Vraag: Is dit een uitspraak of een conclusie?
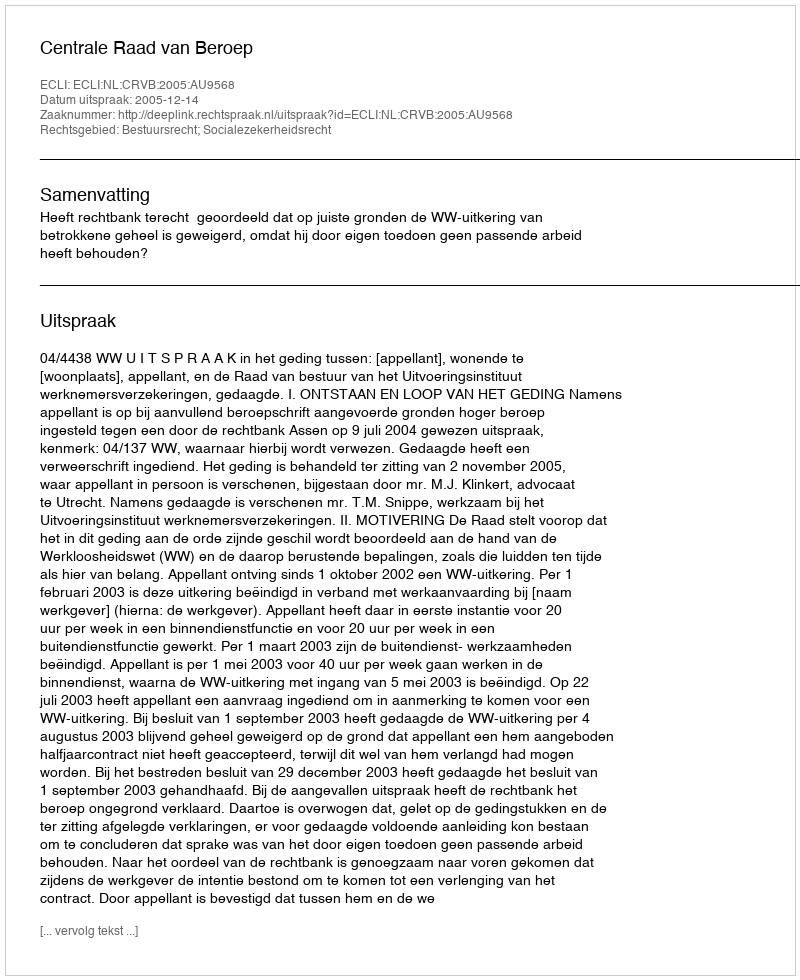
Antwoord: Uitspraak